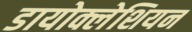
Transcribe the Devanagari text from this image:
डायोक्लेशियन